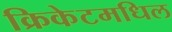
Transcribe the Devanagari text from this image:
क्रिकेटमधिल